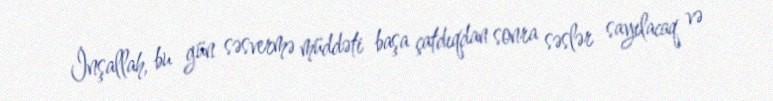
İnşallah, bu gün səsvermə müddəti başa çatdıqdan sonra səslər sayılacaq və